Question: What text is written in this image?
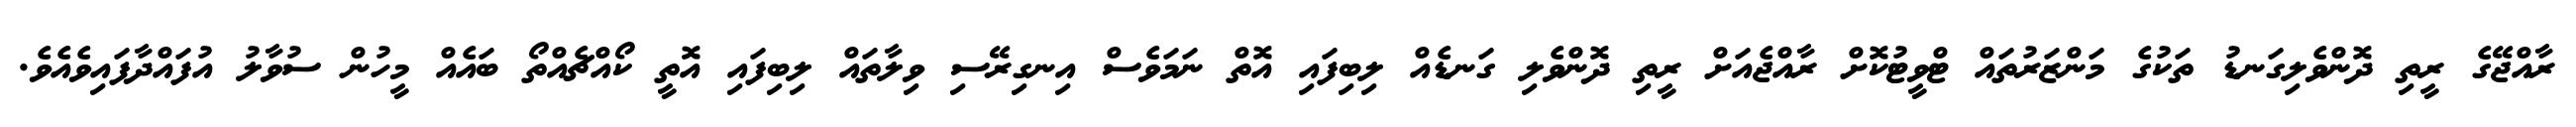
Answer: ރާއްޖޭގެ ރީތި ދޮންވެލިގަނޑު ތަކުގެ މަންޒަރުތައް ޓްވީޓުކޮށް ރާއްޖެއަށް ރީތި ދޮންވެލި ގަނޑެއް ލިބިފައި އޮތް ނަމަވެސް އިނގިރޭސި ވިލާތައް ލިބިފައި އޮތީ ކޯއްޗެއްތޯ ބައެއް މީހުން ސުވާލު އުފައްދާފައިވެއެވެ.